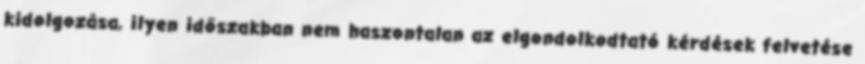
kidolgozása, ilyen időszakban nem haszontalan az elgondolkodtató kérdések felvetése